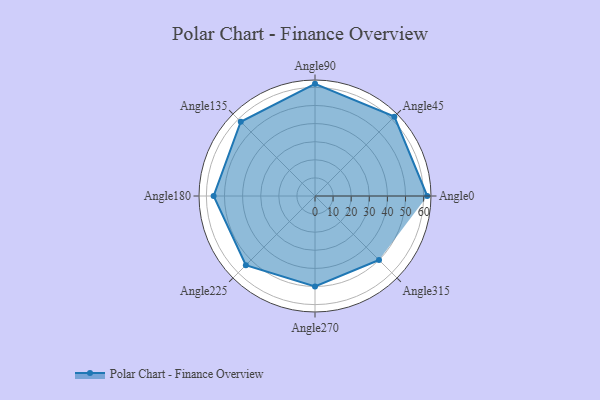
{"axis": {"x": "Angle", "y": "Radius"}, "legend": [""], "data": [{"x": "Angle0", "y": 62.0, "type": ""}, {"x": "Angle45", "y": 62.0, "type": ""}, {"x": "Angle90", "y": 62.0, "type": ""}, {"x": "Angle135", "y": 58.0, "type": ""}, {"x": "Angle180", "y": 56.0, "type": ""}, {"x": "Angle225", "y": 54.0, "type": ""}, {"x": "Angle270", "y": 50, "type": ""}, {"x": "Angle315", "y": 50, "type": ""}]}